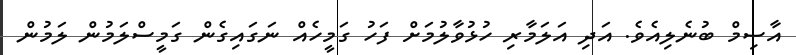
އާސިމް ބުނެލިއެވެ. އަދި އަލަމާރި ހުޅުވާލުމަށް ފަހު ގަމީހެއް ނަގައިގެން ގަމީސްލަމުން ލަމުން